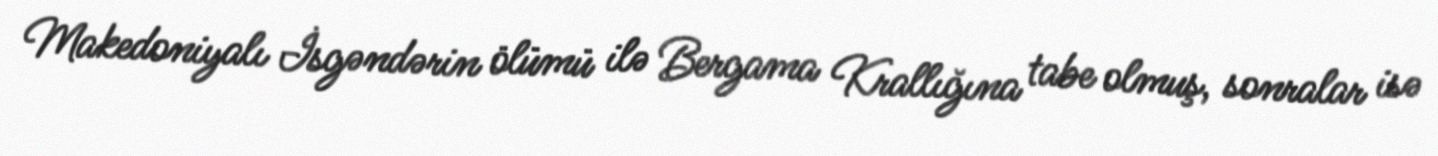
Makedoniyalı İsgəndərin ölümü ilə Bergama Krallığına tabe olmuş, sonralar isə